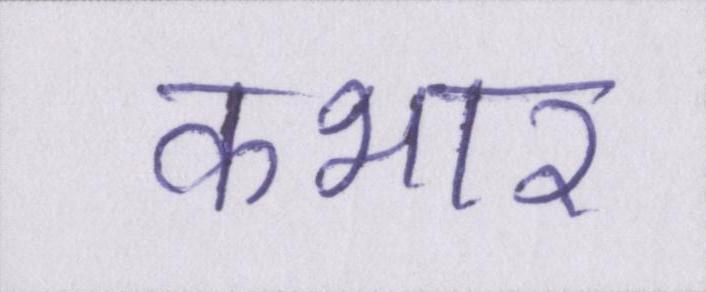
कभार